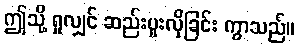
ဤသို့ ရှုလျှင် ဆည်းပူးလိုခြင်း ကွာသည်။